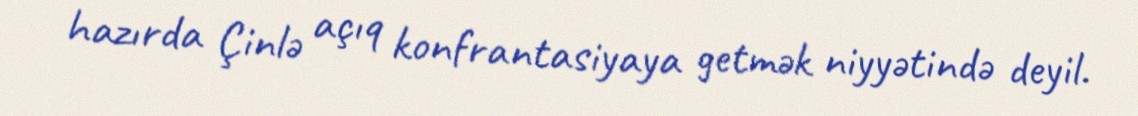
hazırda Çinlə açıq konfrantasiyaya getmək niyyətində deyil.